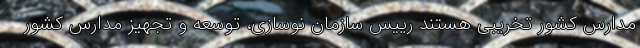
مدارس کشور تخریبی هستند رییس سازمان نوسازی، توسعه و تجهیز مدارس کشور